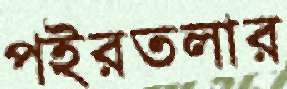
পইরতলার